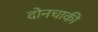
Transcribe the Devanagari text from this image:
दोनचाकी